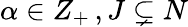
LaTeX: \alpha\in Z_{+}\, ,J\subsetneq N